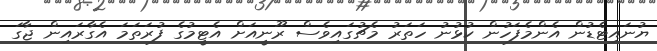
ޔުނައިޓެޑުން އެންމެފަހުން ކުޅުނު ހަތަރު މެޗުގައިވެސް ރޫނީއަށް އެޓީމުގެ ފުރަތަމަ އެގާރައިން ޖާގަ